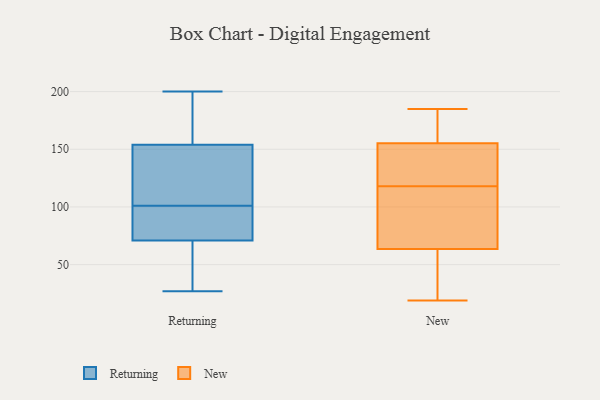
{"axis": {"x": "Inventory Turnover", "y": "Value"}, "legend": ["New", "Returning"], "data": [{"x": "", "y": 140, "type": "Returning"}, {"x": "", "y": 154, "type": "Returning"}, {"x": "", "y": 27, "type": "Returning"}, {"x": "", "y": 71, "type": "Returning"}, {"x": "", "y": 85, "type": "Returning"}, {"x": "", "y": 86, "type": "Returning"}, {"x": "", "y": 116, "type": "Returning"}, {"x": "", "y": 174, "type": "Returning"}, {"x": "", "y": 200, "type": "Returning"}, {"x": "", "y": 61, "type": "Returning"}, {"x": "", "y": 113, "type": "New"}, {"x": "", "y": 133, "type": "New"}, {"x": "", "y": 118, "type": "New"}, {"x": "", "y": 19, "type": "New"}, {"x": "", "y": 162, "type": "New"}, {"x": "", "y": 32, "type": "New"}, {"x": "", "y": 164, "type": "New"}, {"x": "", "y": 65, "type": "New"}, {"x": "", "y": 59, "type": "New"}, {"x": "", "y": 153, "type": "New"}, {"x": "", "y": 65, "type": "New"}, {"x": "", "y": 185, "type": "New"}, {"x": "", "y": 137, "type": "New"}]}